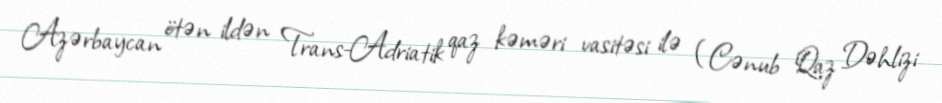
Azərbaycan ötən ildən Trans-Adriatik qaz kəməri vasitəsi ilə (Cənub Qaz Dəhlizi